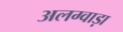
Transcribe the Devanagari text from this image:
अलग्वाड़ा